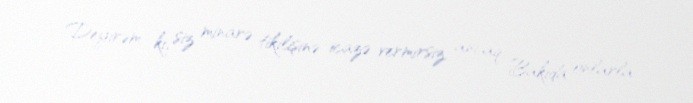
Deyirəm ki, siz minarə tikilişinə icazə vermirsiz, ancaq Bakıda onlarla